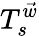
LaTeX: T_{s}^{\vec{w}}